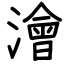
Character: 澮